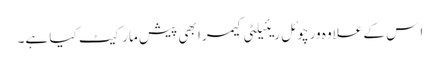
اِس کے علاوہ ورچوئل ریئیلٹی کیمرا بھی پیش مارکیٹ کیا ہے۔